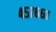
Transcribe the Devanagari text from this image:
४५७६६१